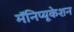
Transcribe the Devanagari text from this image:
मॅनिप्यूकेशन